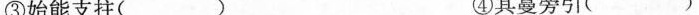
③始能支拄( ) ④其蔓旁引( )